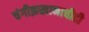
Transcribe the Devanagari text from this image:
चंगीझखानाचीही